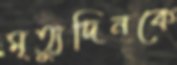
মৃত্যুদিনকে